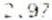
2.97